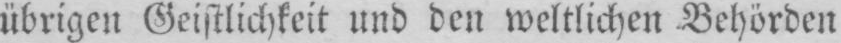
übrigen Geistlichkeit und den weltlichen Behörden